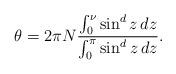
LaTeX: \begin{align*} \theta = 2\pi N \frac{\int_0^{\nu}\sin^d z \,dz} {\int_0^{\pi}\sin^d z \,dz}.\end{align*}